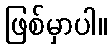
ဖြစ်မှာပါ။